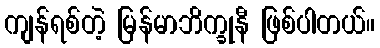
ကျန်ရစ်တဲ့ မြန်မာဘိက္ခုနီ ဖြစ်ပါတယ်။